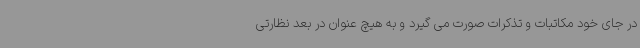
در جای خود مکاتبات و تذکرات صورت می گیرد و به هیچ عنوان در بعد نظارتی